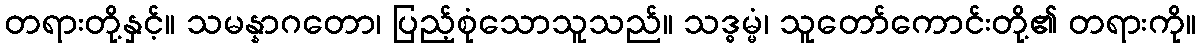
တရားတို့နှင့်။ သမန္နာဂတော၊ ပြည့်စုံသောသူသည်။ သဒ္ဓမ္မံ၊ သူတော်ကောင်းတို့၏ တရားကို။